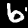
Label: 6